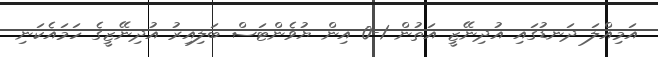
އަމިއްލަ ދަނޑުގައި އުދިނޭޒީ އަތުން 1-0 އިން ޔުވެންޓަސް ބަލިއިރު އުދިނޭޒީގެ ހަމައެކަނި